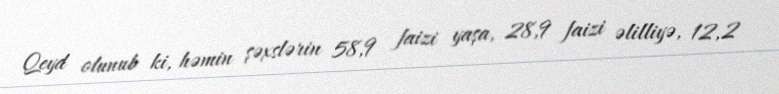
Qeyd olunub ki, həmin şəxslərin 58,9 faizi yaşa, 28,9 faizi əlilliyə, 12,2